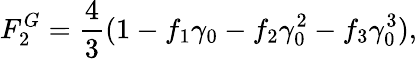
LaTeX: F_{2}^{G}=\frac{4}{3}(1-f_{1}\gamma_{0}-f_{2}\gamma_{0}^{2}-f_{3}\gamma_{0}^{3}),